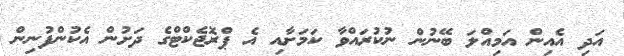
އަދި އެއިން އަމިއްލަ ބޭނުން ނުކުރައްވާ ކަމަށާއި އެ ޕްރޮޖެކްޓްގެ ދަށުން އެކުންފުނިން